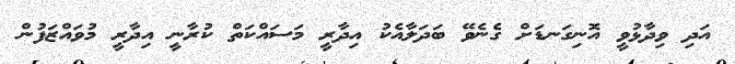
އަދި ވިދާޅުވީ އޮނިގަނޑަށް ގެނެވޭ ބަދަލާއެކު އިދާރީ މަސައްކަތް ކުރާނީ އިދާރީ މުވައްޒަފުން